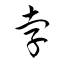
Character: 孛